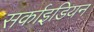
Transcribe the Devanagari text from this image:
सर्काइडियन